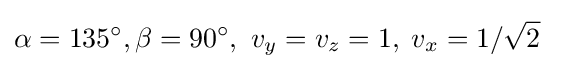
\alpha =135^{\circ },\beta =90^{\circ },\ v_{y}=v_{z}=1,\;v_{x}=1/{\sqrt {2}}\